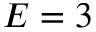
E = 3